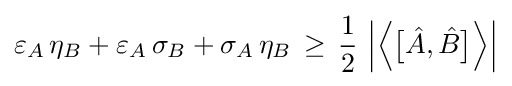
\varepsilon _{A}\,\eta _{B}+\varepsilon _{A}\,\sigma _{B}+\sigma _{A}\,\eta _{B}\,\geq \,{\frac {1}{2}}\,\left|{\Bigl \langle }{\bigl [}{\hat {A}},{\hat {B}}{\bigr ]}{\Bigr \rangle }\right|